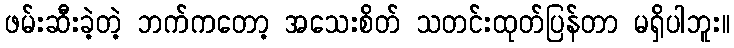
ဖမ်းဆီးခဲ့တဲ့ ဘက်ကတော့ အသေးစိတ် သတင်းထုတ်ပြန်တာ မရှိပါဘူး။